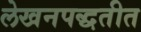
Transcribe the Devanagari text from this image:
लेखनपद्धतीत